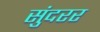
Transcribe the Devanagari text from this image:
सुंदरर